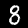
Digit: 8